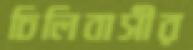
চিলিবাসীর